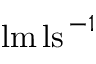
\mathrm { l m } \, \mathrm { l s } ^ { \, - 1 }